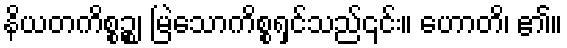
နိယတကိစ္စဉ္စ၊ မြဲသောကိစ္စရှင်သည်၎င်း။ ဟောတိ၊ ၏။